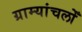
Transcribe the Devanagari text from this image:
ग्राम्यांचलोँ